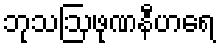
ဘုသဩဖုဏနီဟရေ